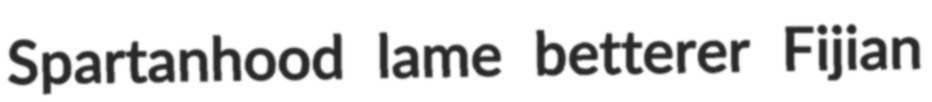
Spartanhood lame betterer Fijian